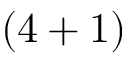
( 4 + 1 )